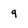
Character: 9